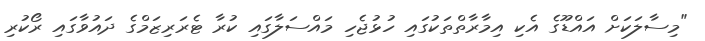
"މިސާލަކަށް އައްޑޫގެ އެކި އިމާރާތްތަކުގައި ހުޅުޖެހި މައްސަލާގައި ކުރާ ޓެރަރިޒަމްގެ ދައުވާގައި ރޯކުރި